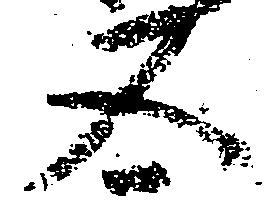
又